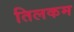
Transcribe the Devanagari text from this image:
तिलकम